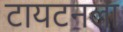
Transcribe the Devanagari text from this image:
टायटनला